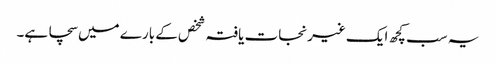
یہ سب کچھ ایک غیرنجات یافتہ شخص کے بارے میں سچا ہے۔